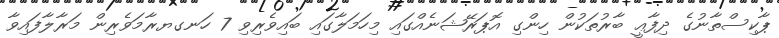
ޕާކިސްތާނުގެ ދިފާޢީ ބާރުތަކުން ހިންގި އޮޕަރޭޝަނެއްގައި މިހަމަލާގައި ބައިވެރިވި 7 ހަނގޔރާމަވެރިން މަރާލާފައިވާ